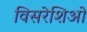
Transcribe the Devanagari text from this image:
विसरेशिओ